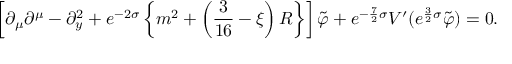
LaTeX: \left[ \partial _ { \mu } \partial ^ { \mu } - \partial _ { y } ^ { 2 } + e ^ { - 2 \sigma } \left\{ m ^ { 2 } + \left( \frac { 3 } { 1 6 } - \xi \right) R \right\} \right] \tilde { \varphi } + e ^ { - \frac { 7 } { 2 } \sigma } V ^ { \prime } ( e ^ { \frac { 3 } { 2 } \sigma } \tilde { \varphi } ) = 0 .